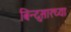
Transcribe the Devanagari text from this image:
बिन्दुसारच्या